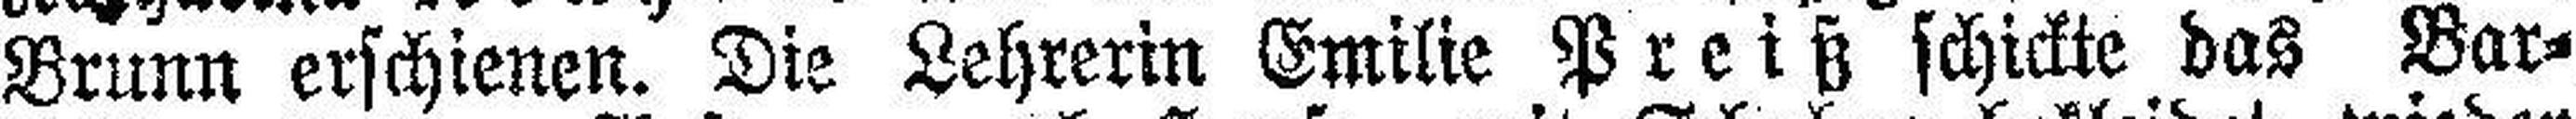
Brunn erschienen. Die Lehrerin Emilie Preiß schickte das Bar¬